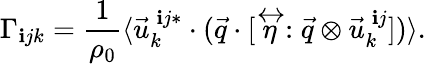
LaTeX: \Gamma_{\mathbf{i}jk}=\frac{{1}}{{\rho_{0}}}\langle\vec{{u}}_{k}^{\: \mathbf{i}j*}\cdot(\vec{{q}}\cdot[\stackrel{\leftrightarrow}{\eta}:\vec{{q}}\otimes\vec{{u}}_{k}^{\: \mathbf{i}j}])\rangle.